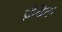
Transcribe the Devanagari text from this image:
ज़ैबेल